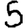
Digit: 5